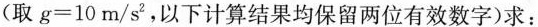
(取$$g = 1 0 $$m/s2，以下计算结果均保留两位有效数字)求：